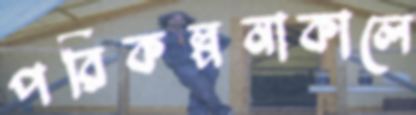
পরিকল্পনাকালে